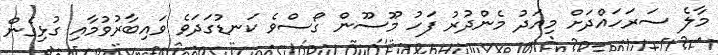
މާލެ ސަރަހައްދަށް މިއަދު މެންދުރު ފަހު މޫސޫން ގޯސްވެ ކަނޑުގަދަވެ ވައިބާރުވުމާއި ގުޅިގެން